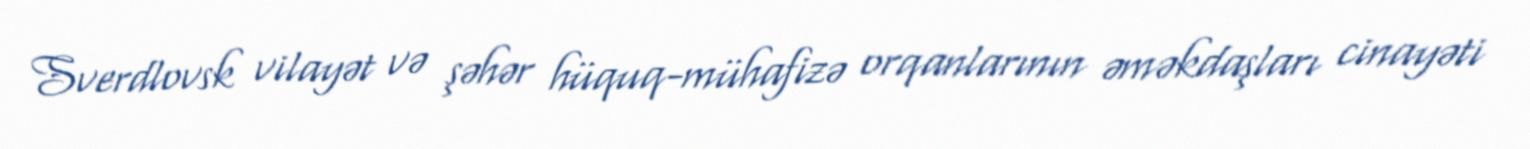
Sverdlovsk vilayət və şəhər hüquq-mühafizə orqanlarının əməkdaşları cinayəti